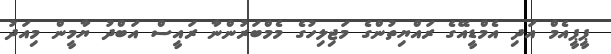
ޕީޕީއެމް އަދި އެމްޑީއޭގެ ރައްޔިތުންގެ މަޖިލިހުގެ މެމްބަރުންނާ ރައީސް އަބްދު ޔާމީން މިއަދު